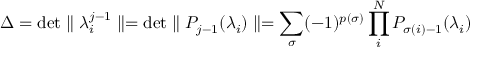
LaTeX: \Delta = \mathrm { d e t } \parallel \lambda _ { i } ^ { j - 1 } \parallel = \mathrm { d e t } \parallel P _ { j - 1 } ( \lambda _ { i } ) \parallel = \sum _ { \sigma } ( - 1 ) ^ { p ( \sigma ) } \prod _ { i } ^ { N } P _ { \sigma ( i ) - 1 } ( \lambda _ { i } )